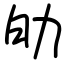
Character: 劰